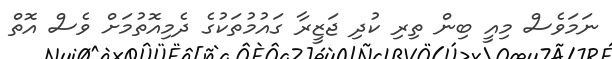
ނަމަވެސް މިއީ ބިން ތިރި ކުދި ޖަޒީރާ ގައުމުތަކުގެ ދެމިއޮތުމަށް ވެސް އޮތް